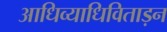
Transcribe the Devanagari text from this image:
आधिव्याधिविताड़न